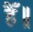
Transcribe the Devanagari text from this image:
हैँ॥